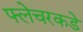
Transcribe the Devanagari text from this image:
फ्लेचरकडे